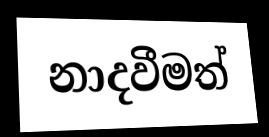
නාදවීමත්